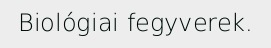
Biológiai fegyverek.